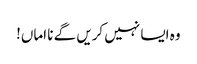
وہ ایسا نہیں کریں گے نا اماں!